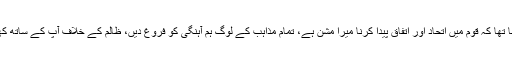
اُن کا کہنا تھا کہ قوم میں اتحاد اور اتفاق پیدا کرنا میرا مشن ہے، تمام مذاہب کے لوگ ہم آہنگی کو فروغ دیں، ظالم کے خلاف آپ کے ساتھ کھڑاہونگا۔